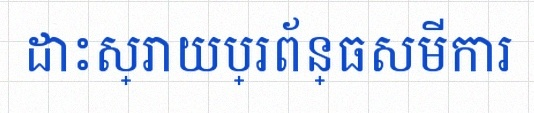
ដោះស្រាយប្រព័ន្ធសមីការ